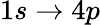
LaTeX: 1s\to 4p